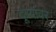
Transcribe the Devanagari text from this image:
दूव्यांवर